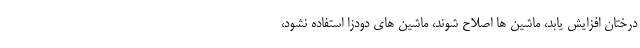
درختان افزایش یابد، ماشین ها اصلاح شوند، ماشین های دودزا استفاده نشود،